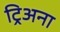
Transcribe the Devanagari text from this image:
ट्रिअना